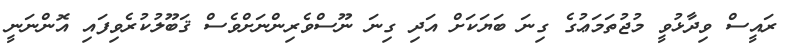
ރައީސް ވިދާޅުވީ މުޖުތަމަޢުގެ ގިނަ ބަޔަކަށް އަދި ގިނަ ނޫސްވެރިންނަށްވެސް ޤަބޫލުކުރެވިފައި އޮންނަނީ